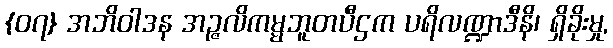
{၀၇} အဘိဝါဒန အဉ္ဇလိကမ္မဘူတပီဌက ပရိလဏ္ဍာဒီနိ၊ ရှိခိုးမှု,